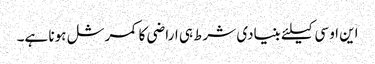
این او سی کیلئے بنیادی شرط ہی اراضی کا کمرشل ہونا ہے۔